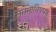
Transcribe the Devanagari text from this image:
सिनेमाविषयक